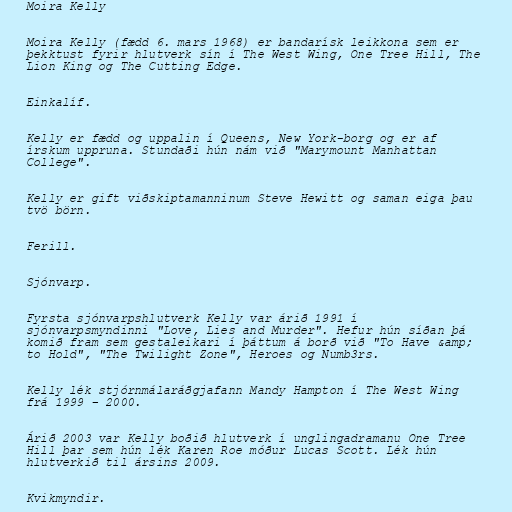
Moira Kelly

Moira Kelly (fædd 6. mars 1968) er bandarísk leikkona sem er
þekktust fyrir hlutverk sín í The West Wing, One Tree Hill, The
Lion King og The Cutting Edge.

Einkalíf.

Kelly er fædd og uppalin í Queens, New York-borg og er af
írskum uppruna. Stundaði hún nám við "Marymount Manhattan
College".

Kelly er gift viðskiptamanninum Steve Hewitt og saman eiga þau
tvö börn.

Ferill.

Sjónvarp.

Fyrsta sjónvarpshlutverk Kelly var árið 1991 í
sjónvarpsmyndinni "Love, Lies and Murder". Hefur hún síðan þá
komið fram sem gestaleikari í þáttum á borð við "To Have &amp;
to Hold", "The Twilight Zone", Heroes og Numb3rs.

Kelly lék stjórnmálaráðgjafann Mandy Hampton í The West Wing
frá 1999 – 2000.

Árið 2003 var Kelly boðið hlutverk í unglingadramanu One Tree
Hill þar sem hún lék Karen Roe móður Lucas Scott. Lék hún
hlutverkið til ársins 2009.

Kvikmyndir.